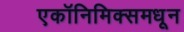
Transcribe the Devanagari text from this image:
एकॉनिमिक्समधून